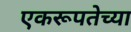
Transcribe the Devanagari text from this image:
एकरूपतेच्या